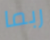
ربما